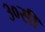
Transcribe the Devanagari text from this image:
३०सी